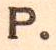
P.